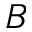
B